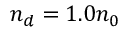
n _ { d } = 1 . 0 n _ { 0 }